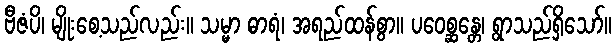
ဗီဇံပိ၊ မျိုးစေ့သည်လည်း။ သမ္မာ ဓာရံ၊ အရည်ထန်စွာ။ ပဝေစ္ဆန္တေ၊ ရွာသည်ရှိသော်။